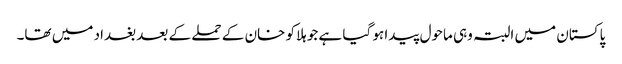
پاکستان میں البتہ وہی ماحول پیدا ہو گیا ہے جو ہلاکو خان کے حملے کے بعد بغداد میں تھا۔